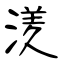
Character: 湵